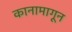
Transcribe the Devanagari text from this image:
कानामागून